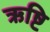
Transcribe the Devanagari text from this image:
ऋष्टि